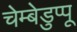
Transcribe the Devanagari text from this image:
चेम्बेडुप्पू